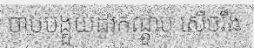
ចាប់បង្គួយដូរកណ្តូប សើចរឹង